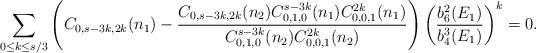
LaTeX: \begin{align*}\sum_{0\leq k\leq s/3}\left(C_{0,s-3k,2k}(n_{1})-\frac{C_{0,s-3k,2k}(n_{2})C_{0,1,0}^{s-3k}(n_{1})C_{0,0,1}^{2k}(n_{1})}{C_{0,1,0}^{s-3k}(n_{2})C_{0,0,1}^{2k}(n_{2})}\right)\left(\frac{b_{6}^{2}(E_{1})}{b_{4}^{3}(E_{1})}\right)^{k}=0.\end{align*}